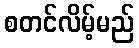
စတင်လိမ့်မည်